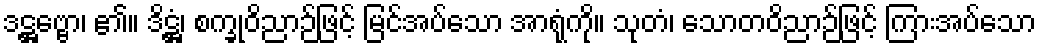
ဒဋ္ဌဗ္ဗော၊ ၏။ ဒိဋ္ဌံ၊ စက္ခုဝိညာဉ်ဖြင့် မြင်အပ်သော အာရုံကို။ သုတံ၊ သောတဝိညာဉ်ဖြင့် ကြားအပ်သော